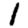
Digit: 1